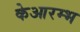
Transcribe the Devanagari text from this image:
केआरम्भ